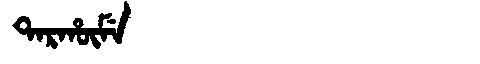
Manchu: ᡨᠠᡵᡥᡡᠮᡝ
Romanization: TARHŪME